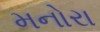
મનોરા